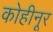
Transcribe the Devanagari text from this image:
कोहीनूर